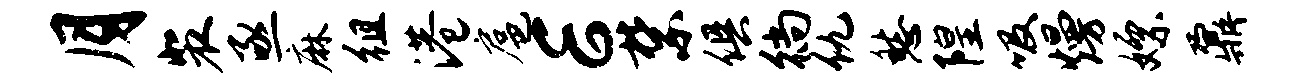
月裴亟麻徂港扈E禁俱徜仇愁隍吸熳嫖鼐